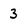
Character: 3